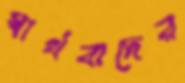
স্বার্থবাদের